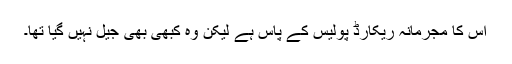
اُس کا مجرمانہ ریکارڈ پولیس کے پاس ہے لیکن وہ کبھی بھی جیل نہیں گیا تھا۔